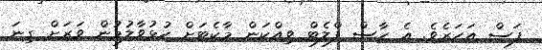
ފަސް އަހަރެވެ. އެ ހާސް ފްލެޓް ވިއްކަން މާކެޓަށް ހުޅުވާލުމުން ވަރަށް ގިނަ